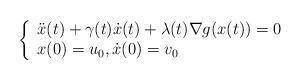
LaTeX: \begin{align*}\left\{\begin{array}{ll}\ddot x(t) + \gamma(t) \dot x(t) + \lambda(t)\nabla g(x(t))=0\\x(0)=u_0, \dot x(0)=v_0\end{array}\right.\end{align*}